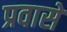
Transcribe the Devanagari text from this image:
प्रवासे